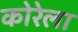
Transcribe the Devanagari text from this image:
कोरेला